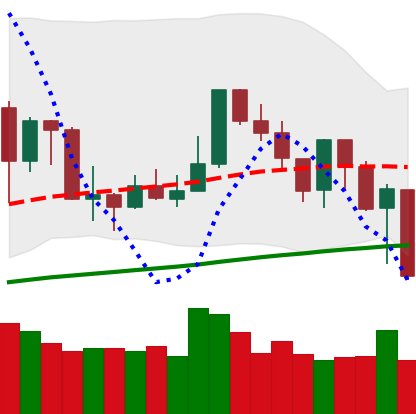
Ticker: XMR-USD
Chart end date: 2019-07-16
Forward return: 13.431%
Label: up_7plus